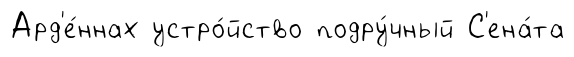
Ард'е́ннах устро́йство подру́чный С'ена́та